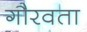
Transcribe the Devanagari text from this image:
गौरवता